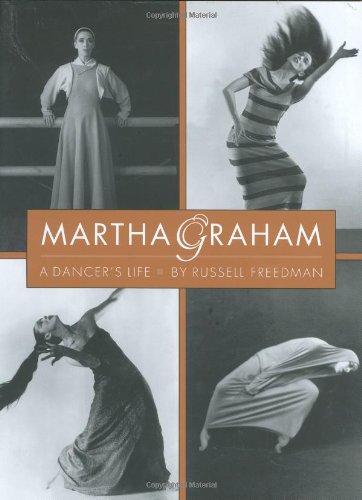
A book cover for Martha Graham: A Dancer's Life; Russell Freedman; Children's Books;